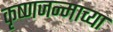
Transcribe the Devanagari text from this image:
कृष्णजन्माच्या